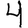
Digit: 4